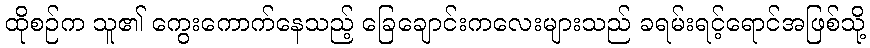
ထိုစဉ်က သူ၏ ကွေးကောက်နေသည့် ခြေချောင်းကလေးများသည် ခရမ်းရင့်ရောင်အဖြစ်သို့